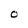
Character: O